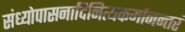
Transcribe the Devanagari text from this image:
संध्योपासनादिनित्यकर्मानन्तरं